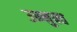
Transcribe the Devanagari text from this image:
उन्‍मुक्‍त